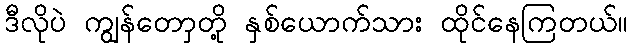
ဒီလိုပဲ ကျွန်တောှတို့ နှစ်ယောက်သား ထိုင်နေကြတယ်။